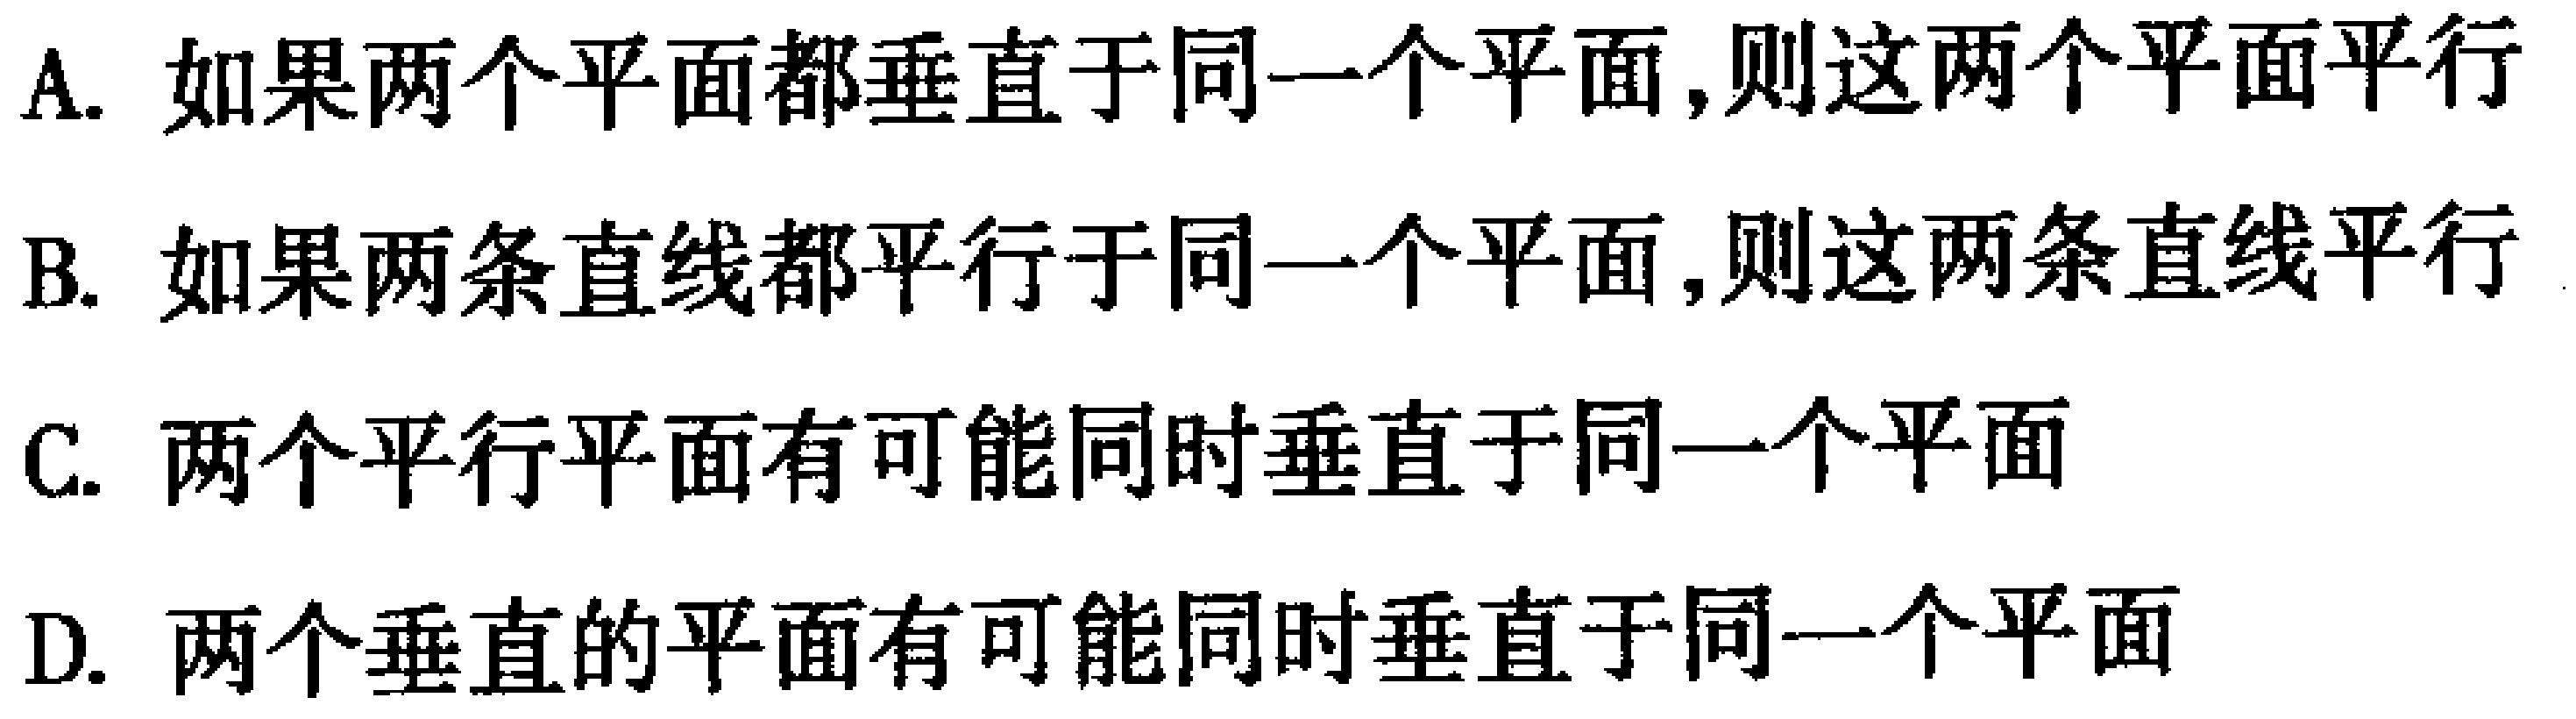
A. 如果两个平面都垂直于同一个平面,则这两个平面平行
B. 如果两条直线都平行于同一个平面,则这两条直线平行
C. 两个平行平面有可能同时垂直于同一个平面
D. 两个垂直的平面有可能同时垂直于同一个平面